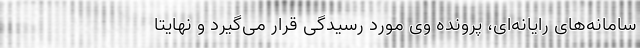
سامانه‌های رایانه‌ای، پرونده وی مورد رسیدگی قرار می‌گیرد و نهایتا